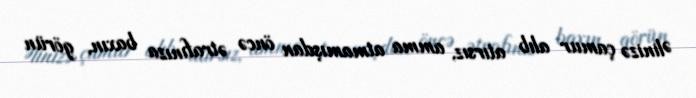
Əlinizə çamur alıb atırsız, amma atmamışdan öncə ətrafınıza baxın, görün